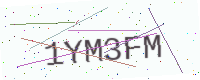
Text: 1YM3FM